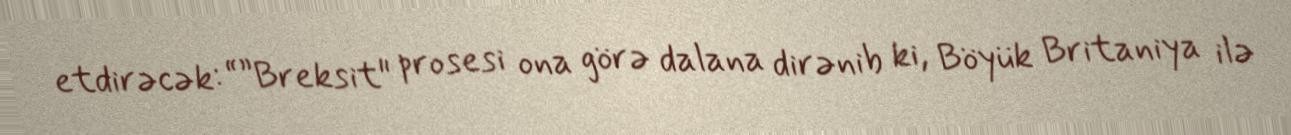
etdirəcək: “”Breksit" prosesi ona görə dalana dirənib ki, Böyük Britaniya ilə